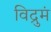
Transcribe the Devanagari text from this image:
विद्रुमं